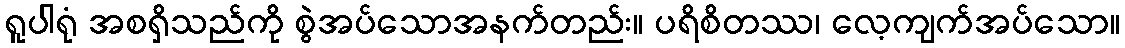
ရူပါရုံ အစရှိသည်ကို စွဲအပ်သောအနက်တည်း။ ပရိစိတဿ၊ လေ့ကျက်အပ်သော။